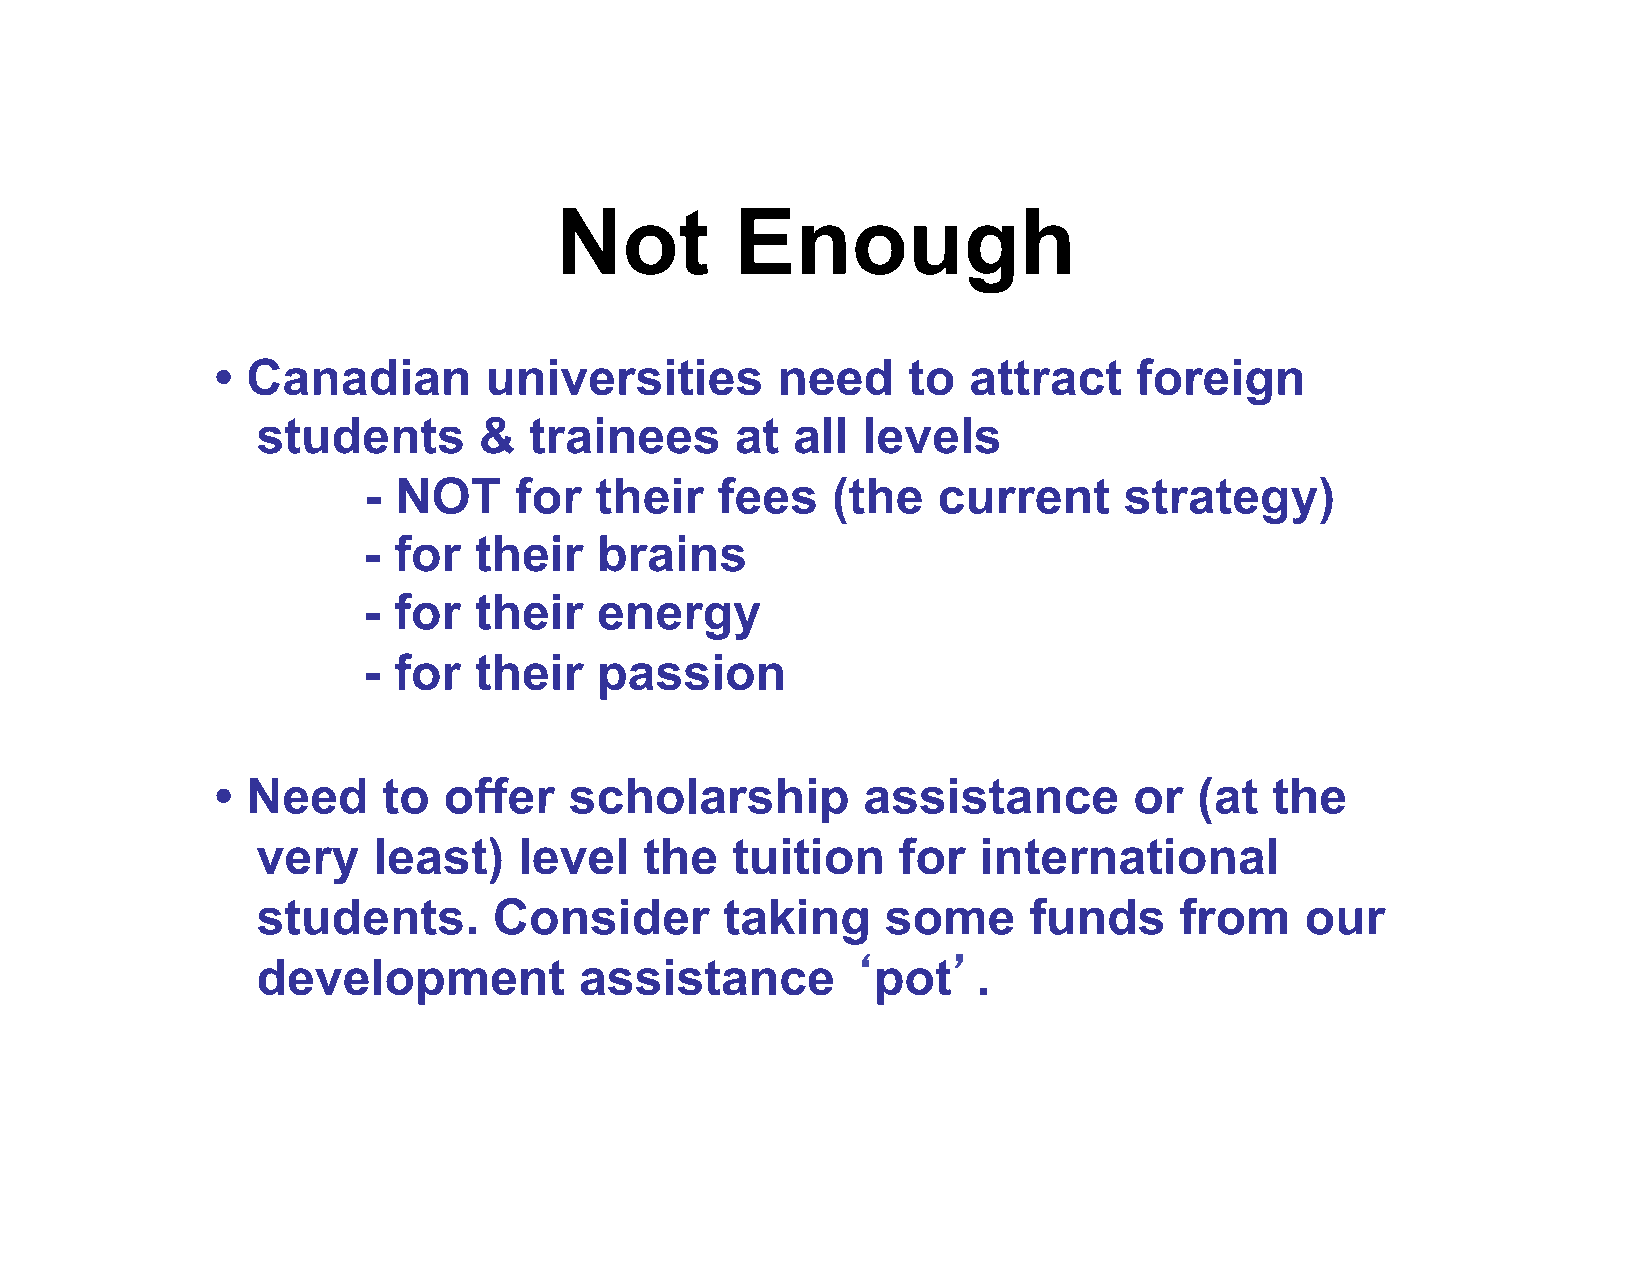
Not         Enough
 • Canadian        universities       need     to  attract    foreign
 students       &  trainees      at all  levels
 - NOT     for  their    fees   (the   current     strategy)
 - for  their    brains
 - for  their    energy
 - for  their    passion
 • Need     to  offer    scholarship        assistance        or  (at  the
 very    least)   level    the  tuition    for   international
 students.       Consider       taking     some     funds     from    our
 development          assistance        ‘pot’.